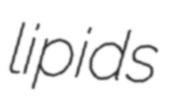
lipids